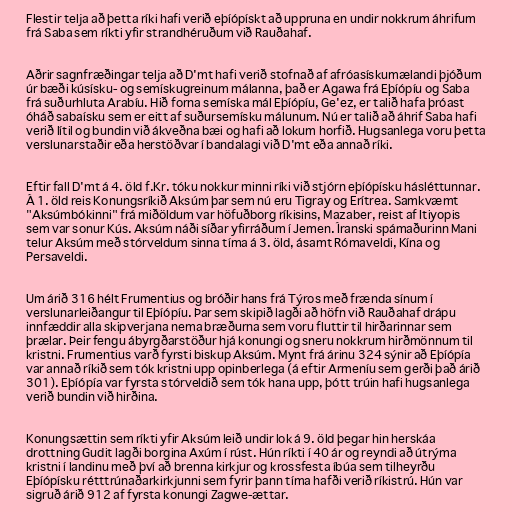
Flestir telja að þetta ríki hafi verið eþíópískt að uppruna en undir nokkrum áhrifum
frá Saba sem ríkti yfir strandhéruðum við Rauðahaf.

Aðrir sagnfræðingar telja að D'mt hafi verið stofnað af afróasískumælandi þjóðum
úr bæði kúsísku- og semískugreinum málanna, það er Agawa frá Eþíópíu og Saba
frá suðurhluta Arabíu. Hið forna semíska mál Eþíópíu, Ge'ez, er talið hafa þróast
óháð sabaísku sem er eitt af suðursemísku málunum. Nú er talið að áhrif Saba hafi
verið lítil og bundin við ákveðna bæi og hafi að lokum horfið. Hugsanlega voru þetta
verslunarstaðir eða herstöðvar í bandalagi við D'mt eða annað ríki.

Eftir fall D'mt á 4. öld f.Kr. tóku nokkur minni ríki við stjórn eþíópísku hásléttunnar.
Á 1. öld reis Konungsríkið Aksúm þar sem nú eru Tigray og Erítrea. Samkvæmt
"Aksúmbókinni" frá miðöldum var höfuðborg ríkisins, Mazaber, reist af Itiyopis
sem var sonur Kús. Aksúm náði síðar yfirráðum í Jemen. Íranski spámaðurinn Mani
telur Aksúm með stórveldum sinna tíma á 3. öld, ásamt Rómaveldi, Kína og
Persaveldi.

Um árið 316 hélt Frumentius og bróðir hans frá Týros með frænda sínum í
verslunarleiðangur til Eþíópíu. Þar sem skipið lagði að höfn við Rauðahaf drápu
innfæddir alla skipverjana nema bræðurna sem voru fluttir til hirðarinnar sem
þrælar. Þeir fengu ábyrgðarstöður hjá konungi og sneru nokkrum hirðmönnum til
kristni. Frumentius varð fyrsti biskup Aksúm. Mynt frá árinu 324 sýnir að Eþíópía
var annað ríkið sem tók kristni upp opinberlega (á eftir Armeníu sem gerði það árið
301). Eþíópía var fyrsta stórveldið sem tók hana upp, þótt trúin hafi hugsanlega
verið bundin við hirðina.

Konungsættin sem ríkti yfir Aksúm leið undir lok á 9. öld þegar hin herskáa
drottning Gudit lagði borgina Axúm í rúst. Hún ríkti í 40 ár og reyndi að útrýma
kristni í landinu með því að brenna kirkjur og krossfesta íbúa sem tilheyrðu
Eþíópísku rétttrúnaðarkirkjunni sem fyrir þann tíma hafði verið ríkistrú. Hún var
sigruð árið 912 af fyrsta konungi Zagwe-ættar.